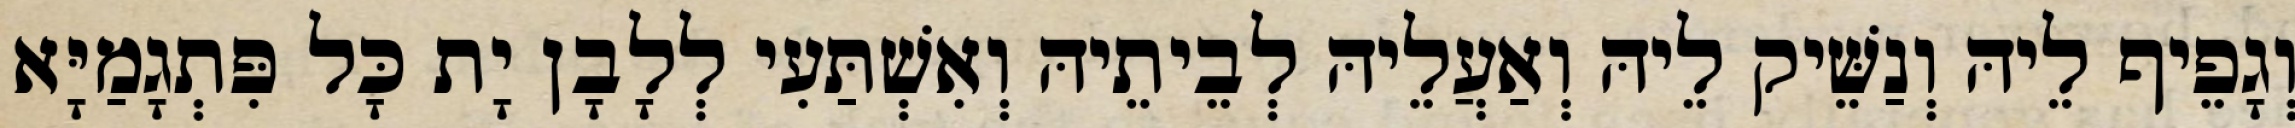
וְגָפֵיף לֵיהּ וְנַשֵּׁיק לֵיהּ וְאַעֲלֵיהּ לְבֵיתֵיהּ וְאִשְׁתַּעִי לְלָבָן יָת כָּל פִּתְגָמַיָּא